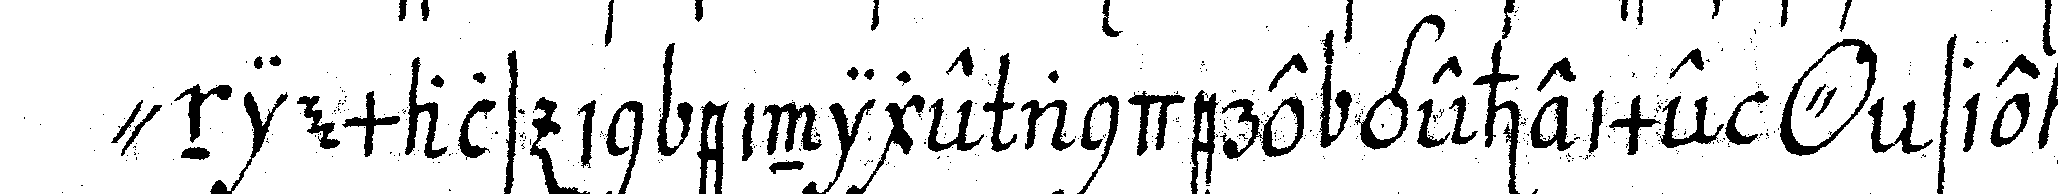
" niemals in einige andere geheime *o* sie mö